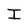
Character: I